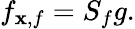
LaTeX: f_{\mathbf{x},f}=S_{f}g.